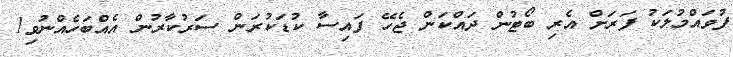
ފުވައްމުލަކު ފަރަށް އެރި ބޯޓުން ދައްކަން ޖެހޭ ފައިސާ ކުޑަކުރަން ސަރުކާރުން އެއްބަހެއްނުވި1